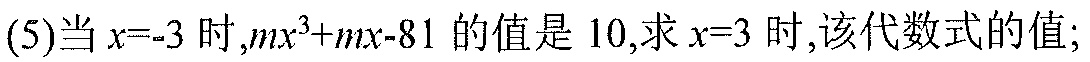
(5)当\(x = - 3\)时,\(mx^{3}+mx - 81\)的值是\(10\),求\(x = 3\)时,该代数式的值;